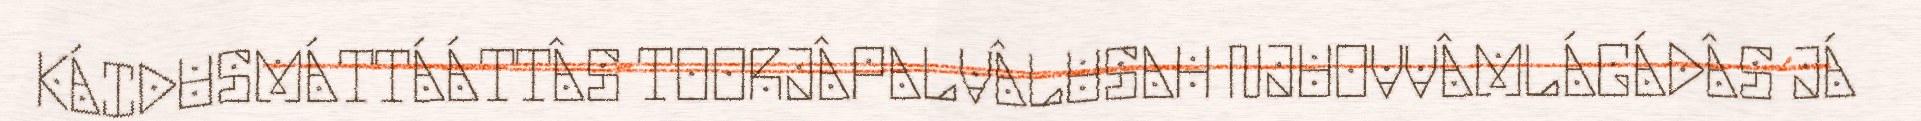
KÁIDUSMÁTTÁÁTTÂS TOORJÂPALVÂLUSAH NJUOVVÂMLÁGÁDÂS JÁ